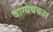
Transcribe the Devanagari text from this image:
वाग्येयकार